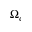
\Omega _ { c }